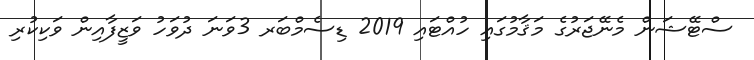
ސްޓޭޝަން މެނޭޖަރުގެ މަޤާމުގައި ހުއްޓައި 2019 ޑިސެމްބަރ 3ވަނަ ދުވަހު ވަޒީފާއިން ވަކިކުރި